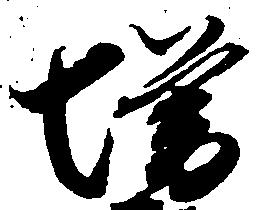
増